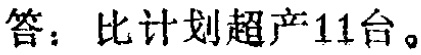
答：比计划超产11台。